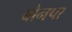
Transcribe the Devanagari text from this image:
बोनपा